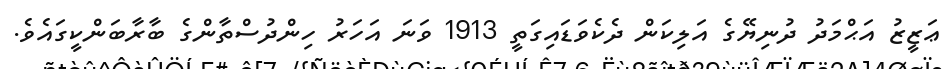
ޢަޒީޒު އަޙްމަދު ދުނިޔޭގެ އަލިކަން ދެކެވަޑައިގަތީ 1913 ވަނަ އަހަރު ހިންދުސްތާންގެ ބާރާބަންކީގައެވެ.